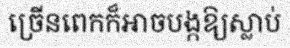
ច្រើនពេកក៏អាចបង្កឱ្យស្លាប់